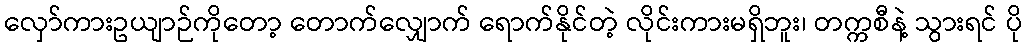
လှော်ကားဥယျာဉ်ကိုတော့ တောက်လျှောက် ရောက်နိုင်တဲ့ လိုင်းကားမရှိဘူး၊ တက္ကစီနဲ့ သွားရင် ပို